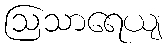
ဩသာရေယျ